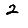
Digit: 2